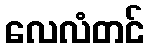
လေလံတင်